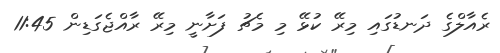
ރެއާލްގެ ދަނޑުގައި މިރޭ ކުޅޭ މި މެޗު ފަށާނީ މިރޭ ރާއްޖެގަޑިން 11:45